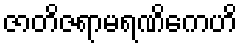
ဇာတိဇရာမရဏိကေဟိ